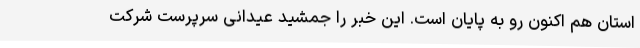
استان هم اکنون رو به پایان است. این خبر را جمشید عیدانی سرپرست شرکت